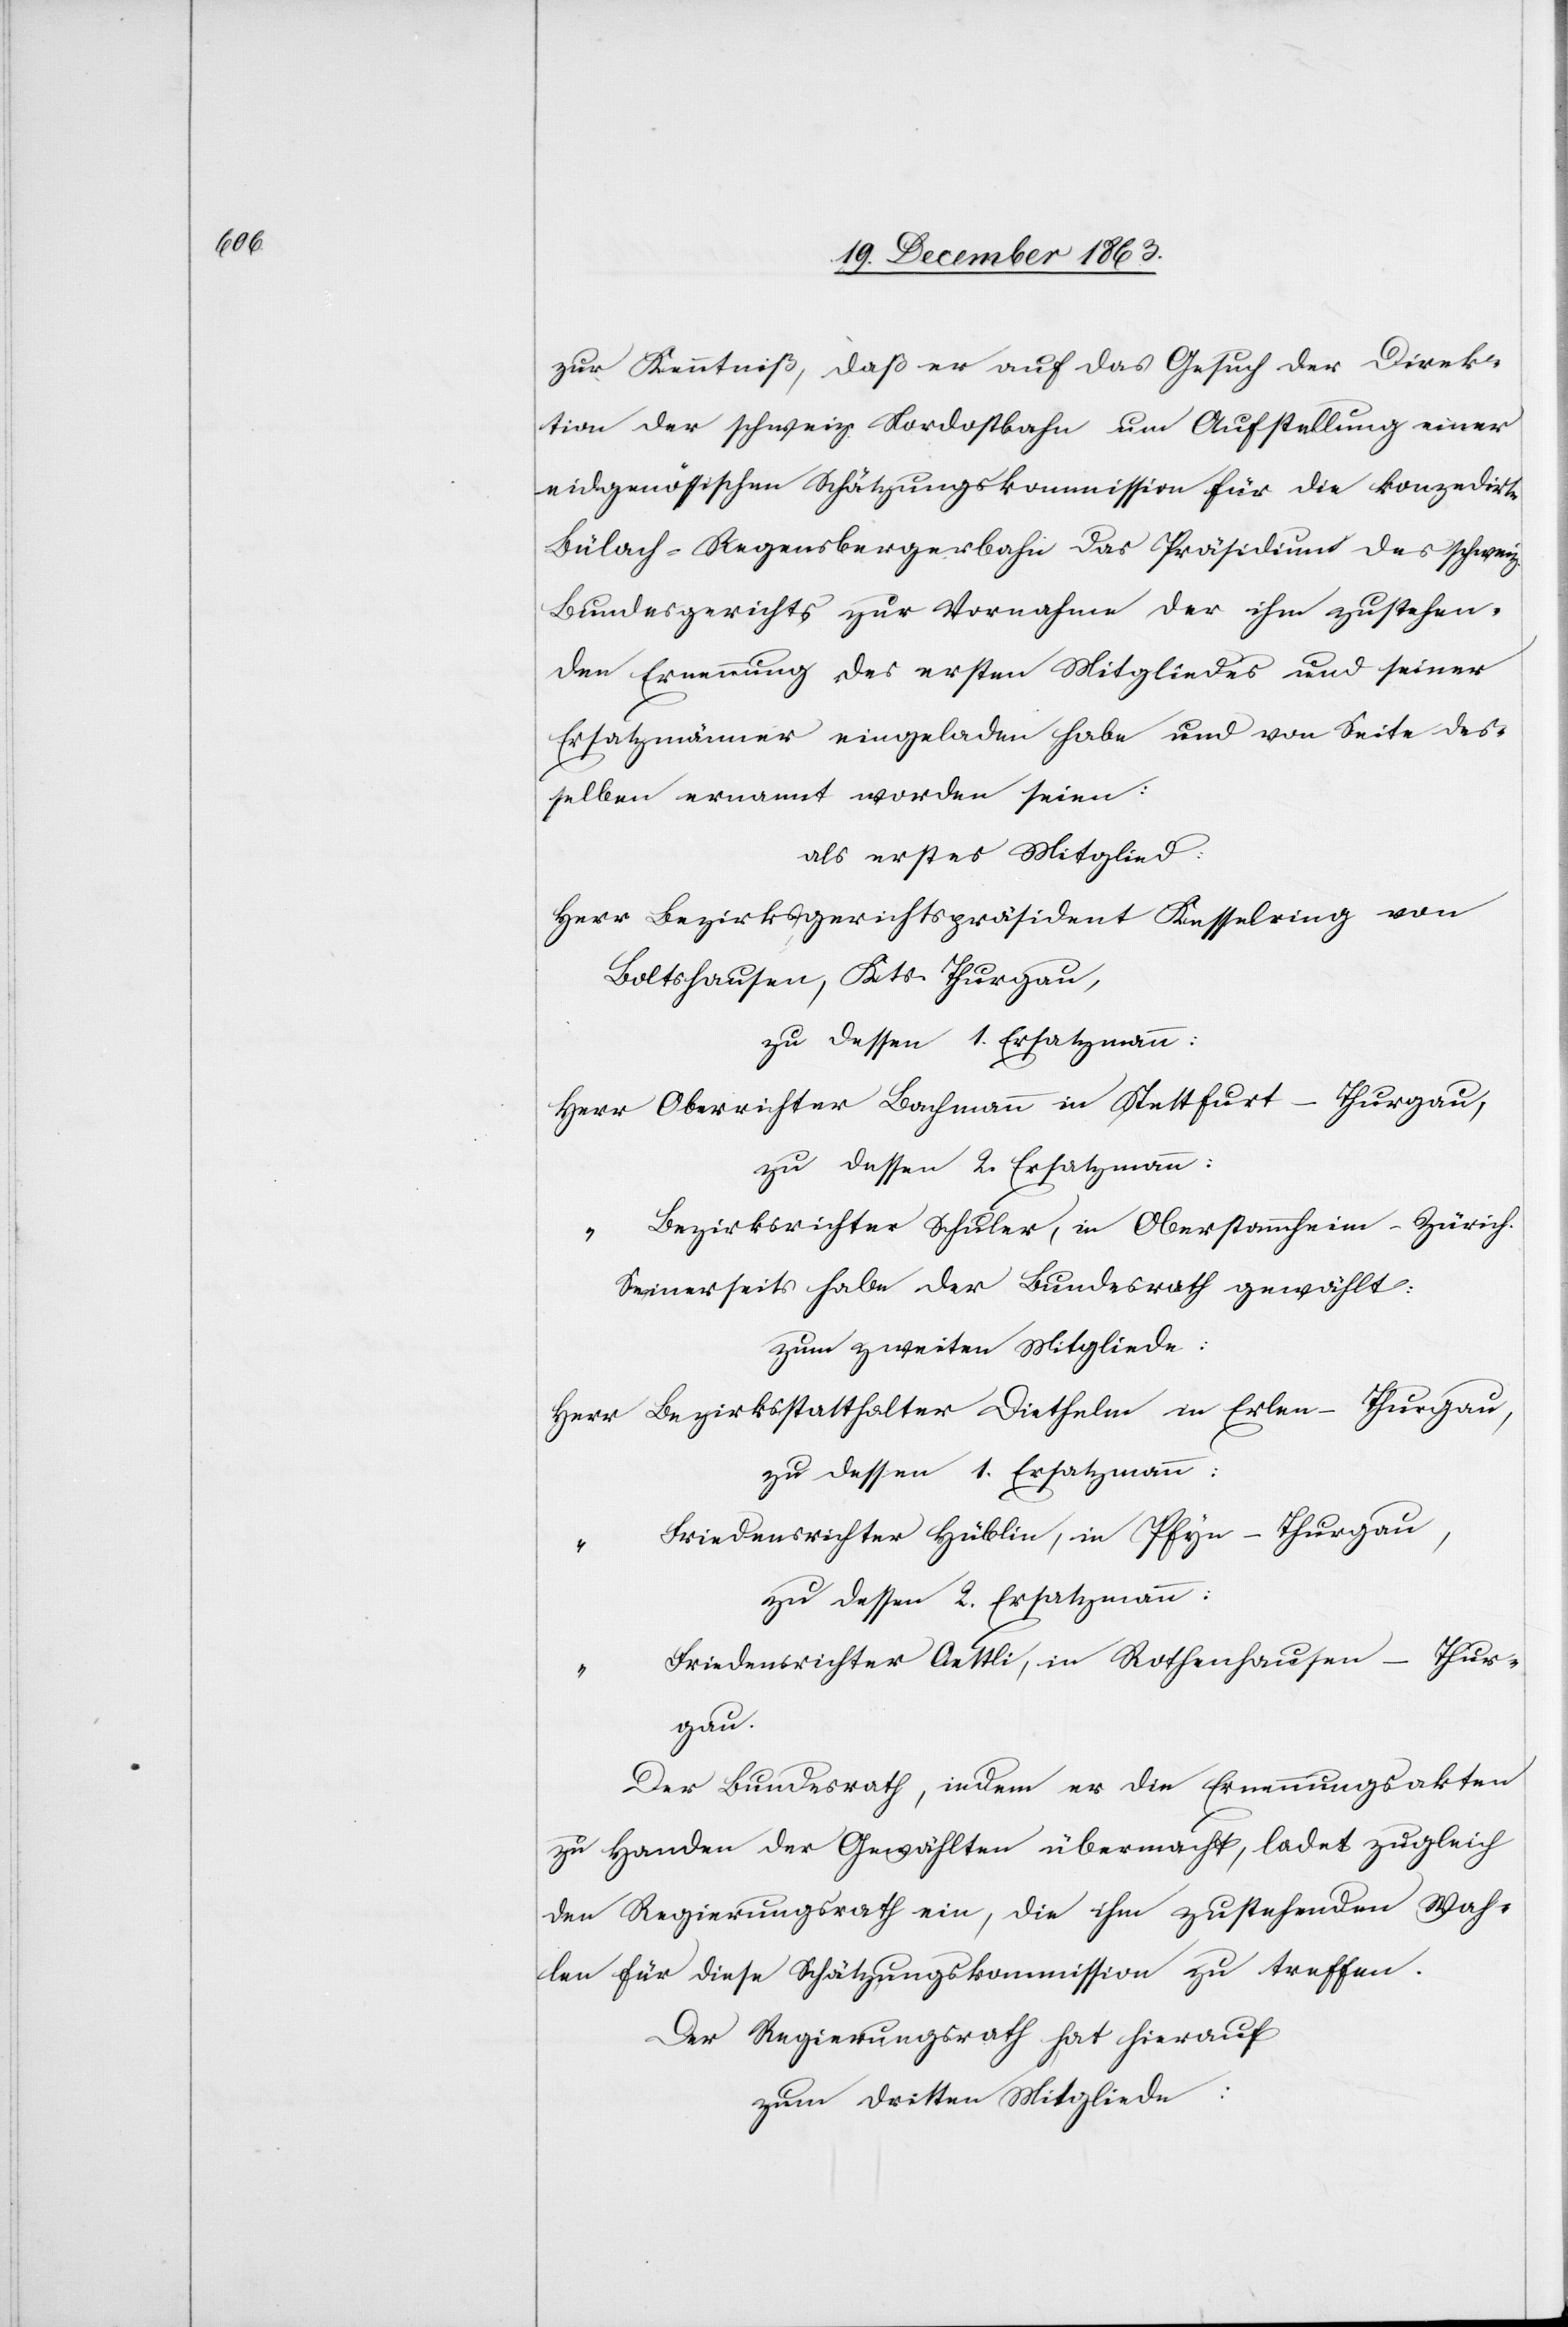
zur Kenntniß, daß er auf das Gesuch der Direk¬
tion der schweiz. Nordostbahn um Aufstellung einer
eidgenössischen Schätzungskommission für die konzedirte
Bülach-Regensbergerbahn das Präsidium des schweiz.
Bundesgerichts zur Vornahme der ihm zustehen¬
den Ernennung des ersten Mitgliedes und seiner
Ersatzmänner eingeladen habe und von Seite des¬
selben ernannt worden seien:
als erstes Mitglied:
Herr Bezirksgerichtspräsident Kesselring von
Boltshausen, Kts. Thurgau,
zu dessen 1. Ersatzmann:
Herr Oberrichter Bachmann in Stettfurt-Thurgau,
Bezirksrichter Schuler, in Oberstammheim-Zürich.
Seinerseits habe der Bundesrath gewählt:
zum zweiten Mitgliede:
Herr Bezirksstatthalter Diethelm in Erlen-Thurgau,
zu dessen 1. Ersatzmann:
Friedensrichter Hüblin, in Pfyn-Thurgau,
zu dessen 2. Ersatzmann:
Friedensrichter Oettli, von Rothenhausen-Thur¬
gau.
Der Bundesrath, indem er die Ernennungsakten
zu Handen der Gewählten übermacht, ladet zugleich
den Regierungsrath ein, die ihm zustehenden Wah¬
len für diese Schätzungskommission zu treffen.
Der Regierungsrath hat hierauf
zum dritten Mitgliede: